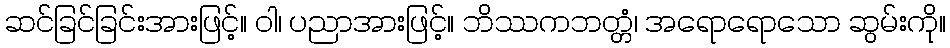
ဆင်ခြင်ခြင်းအားဖြင့်။ ဝါ၊ ပညာအားဖြင့်။ ဘိဿကဘတ္တံ၊ အရောရောသော ဆွမ်းကို။